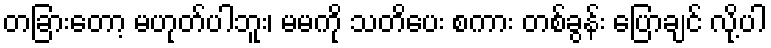
တခြားတော့ မဟုတ်ပါဘူး၊ မမကို သတိပေး စကား တစ်ခွန်း ပြောချင် လို့ပါ